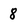
Character: 8